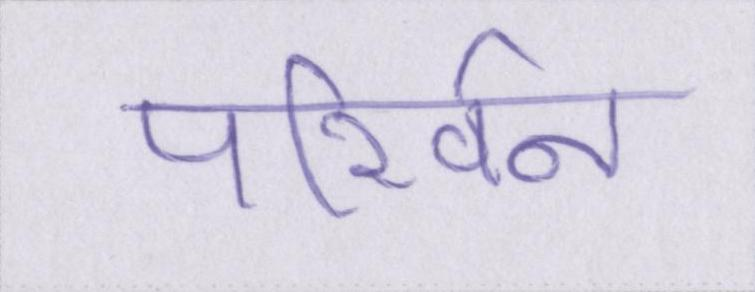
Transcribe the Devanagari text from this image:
परिर्वन